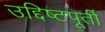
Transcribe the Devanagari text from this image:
उद्दिष्टपूर्ती